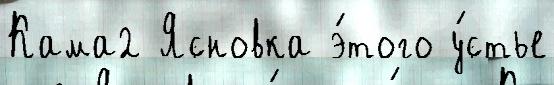
Кама2 Ясновка э́того у́стье